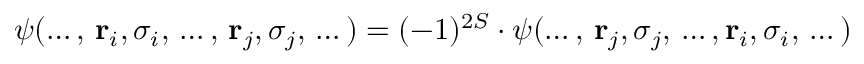
\psi ( \dots , \, \mathbf { r } _ { i } , \sigma _ { i } , \, \dots , \, \mathbf { r } _ { j } , \sigma _ { j } , \, \dots ) = ( - 1 ) ^ { 2 S } \cdot \psi ( \dots , \, \mathbf { r } _ { j } , \sigma _ { j } , \, \dots , \mathbf { r } _ { i } , \sigma _ { i } , \, \dots )